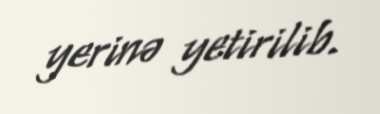
yerinə yetirilib.